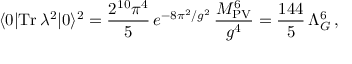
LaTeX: \langle 0 | \mathrm { T r } \, \lambda ^ { 2 } | 0 \rangle ^ { 2 } = \frac { 2 ^ { 1 0 } \pi ^ { 4 } } { 5 } \, e ^ { - 8 \pi ^ { 2 } / g ^ { 2 } } \, \frac { M _ { \mathrm { P V } } ^ { 6 } } { g ^ { 4 } } = \frac { 1 4 4 } { 5 } \, \Lambda _ { G } ^ { 6 } \, ,